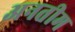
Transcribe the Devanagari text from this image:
अनतीम